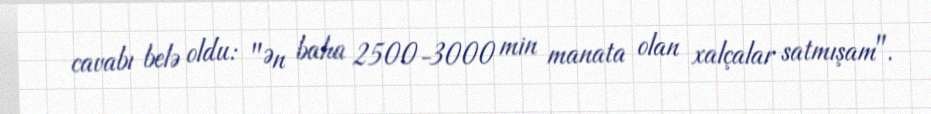
cavabı belə oldu: "Ən baha 2500-3000 min manata olan xalçalar satmışam".